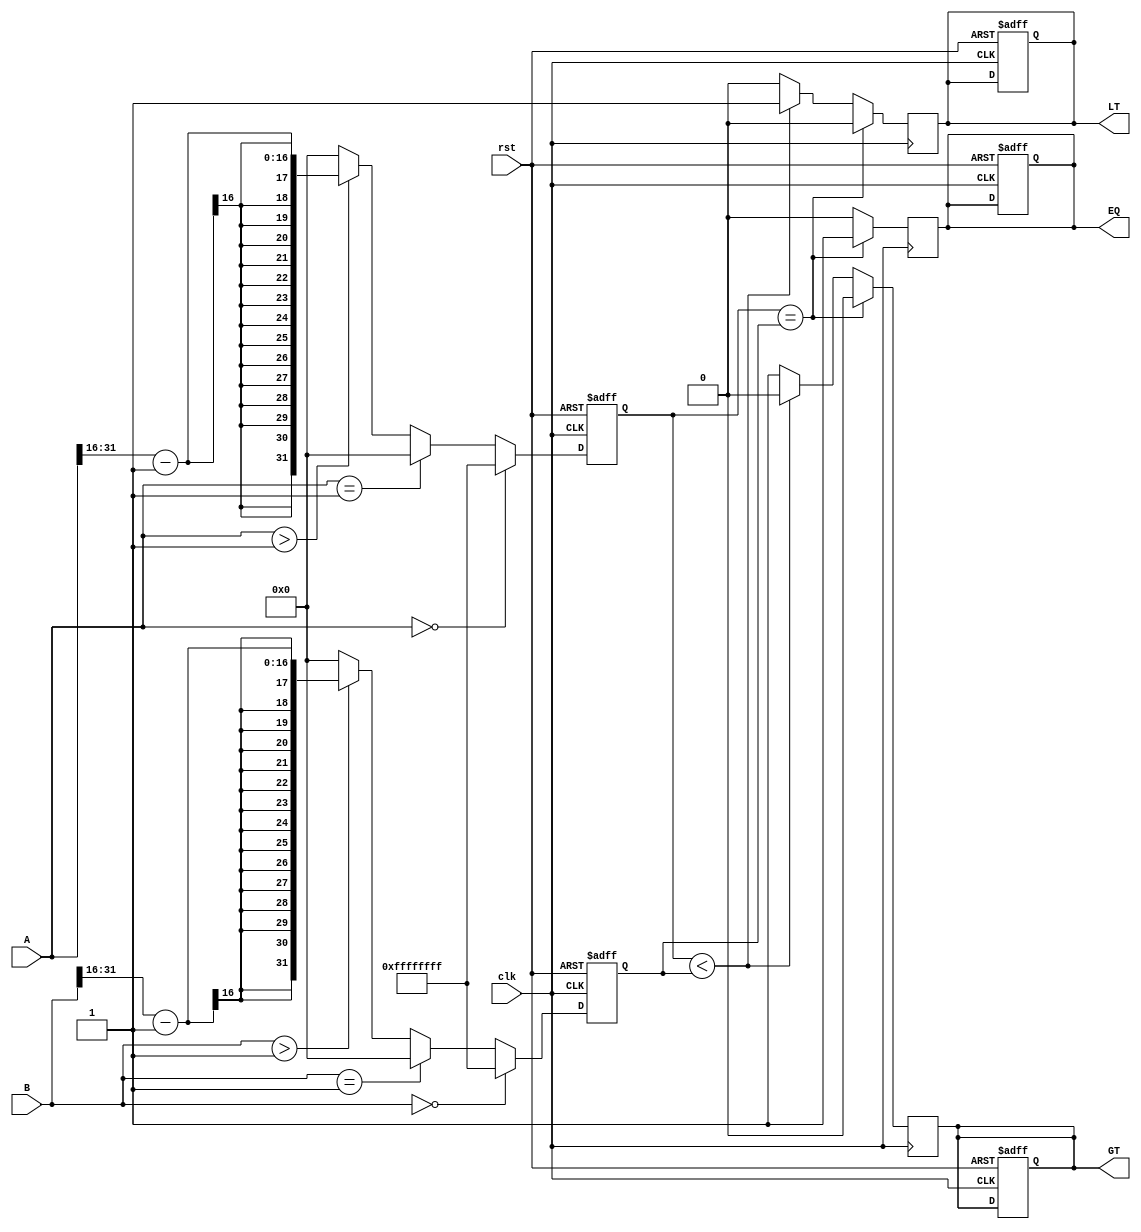
module LogarithmicComparator (
    input wire clk,
    input wire rst,
    input wire [31:0] A, // Input A
    input wire [31:0] B, // Input B
    output reg LT,       // Less than output
    output reg EQ,       // Equal output
    output reg GT        // Greater than output
);

// Internal signals
reg [31:0] log_A;     // Logarithm of A
reg [31:0] log_B;     // Logarithm of B

// Logarithm computation (for demonstration purposes, simplified)
function [31:0] log_lookup;
    input [31:0] x;
    begin
        if (x == 0) begin
            log_lookup = 32'hFFFFFFFF; // Representation of - for log(0)
        end else if (x == 1) begin
            log_lookup = 32'h00000000; // log(1) = 0
        end else begin
            // Simple approximation using shift (simulating log2)
            log_lookup = (x > 1) ? (x[31:16] - 32'd1) : 32'd0; // Adjust based on your requirements
        end
    end
endfunction

// Logarithm computation process
always @(posedge clk or posedge rst) begin
    if (rst) begin
        log_A <= 32'b0;
        log_B <= 32'b0;
        LT <= 1'b0;
        EQ <= 1'b0;
        GT <= 1'b0;
    end else begin
        log_A <= log_lookup(A);
        log_B <= log_lookup(B);
    end
end

// Comparator logic
always @(posedge clk) begin
    if (log_A == log_B) begin
        LT <= 1'b0;
        EQ <= 1'b1;
        GT <= 1'b0;
    end else if (log_A < log_B) begin
        LT <= 1'b1;
        EQ <= 1'b0;
        GT <= 1'b0;
    end else begin
        LT <= 1'b0;
        EQ <= 1'b0;
        GT <= 1'b1;
    end
end

endmodule